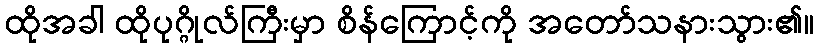
ထိုအခါ ထိုပုဂ္ဂိုလ်ကြီးမှာ စိန်ကြောင့်ကို အတော်သနားသွား၏။